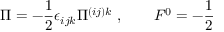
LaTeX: \Pi = - \frac { 1 } { 2 } \epsilon _ { i j k } \Pi ^ { ( i j ) k } \ , \qquad F ^ { 0 } = - \frac { 1 } { 2 }